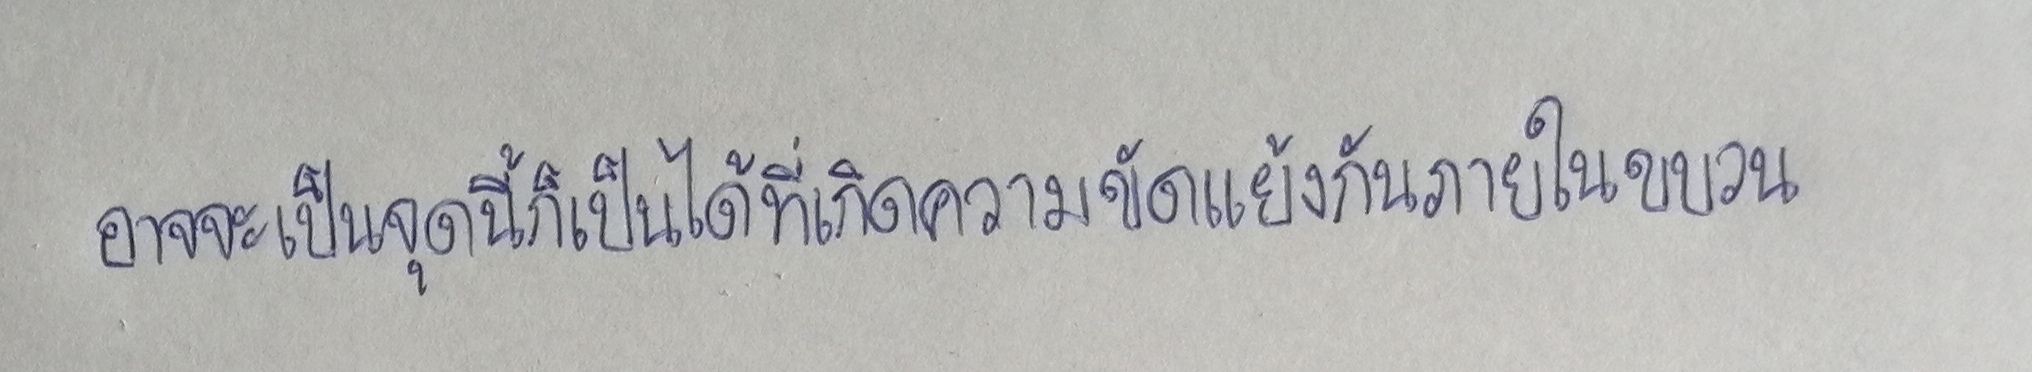
อาจจะเป็นจุดนี้ก็เป็นได้ที่เกิดความขัดแย้งกันภายในขบวน